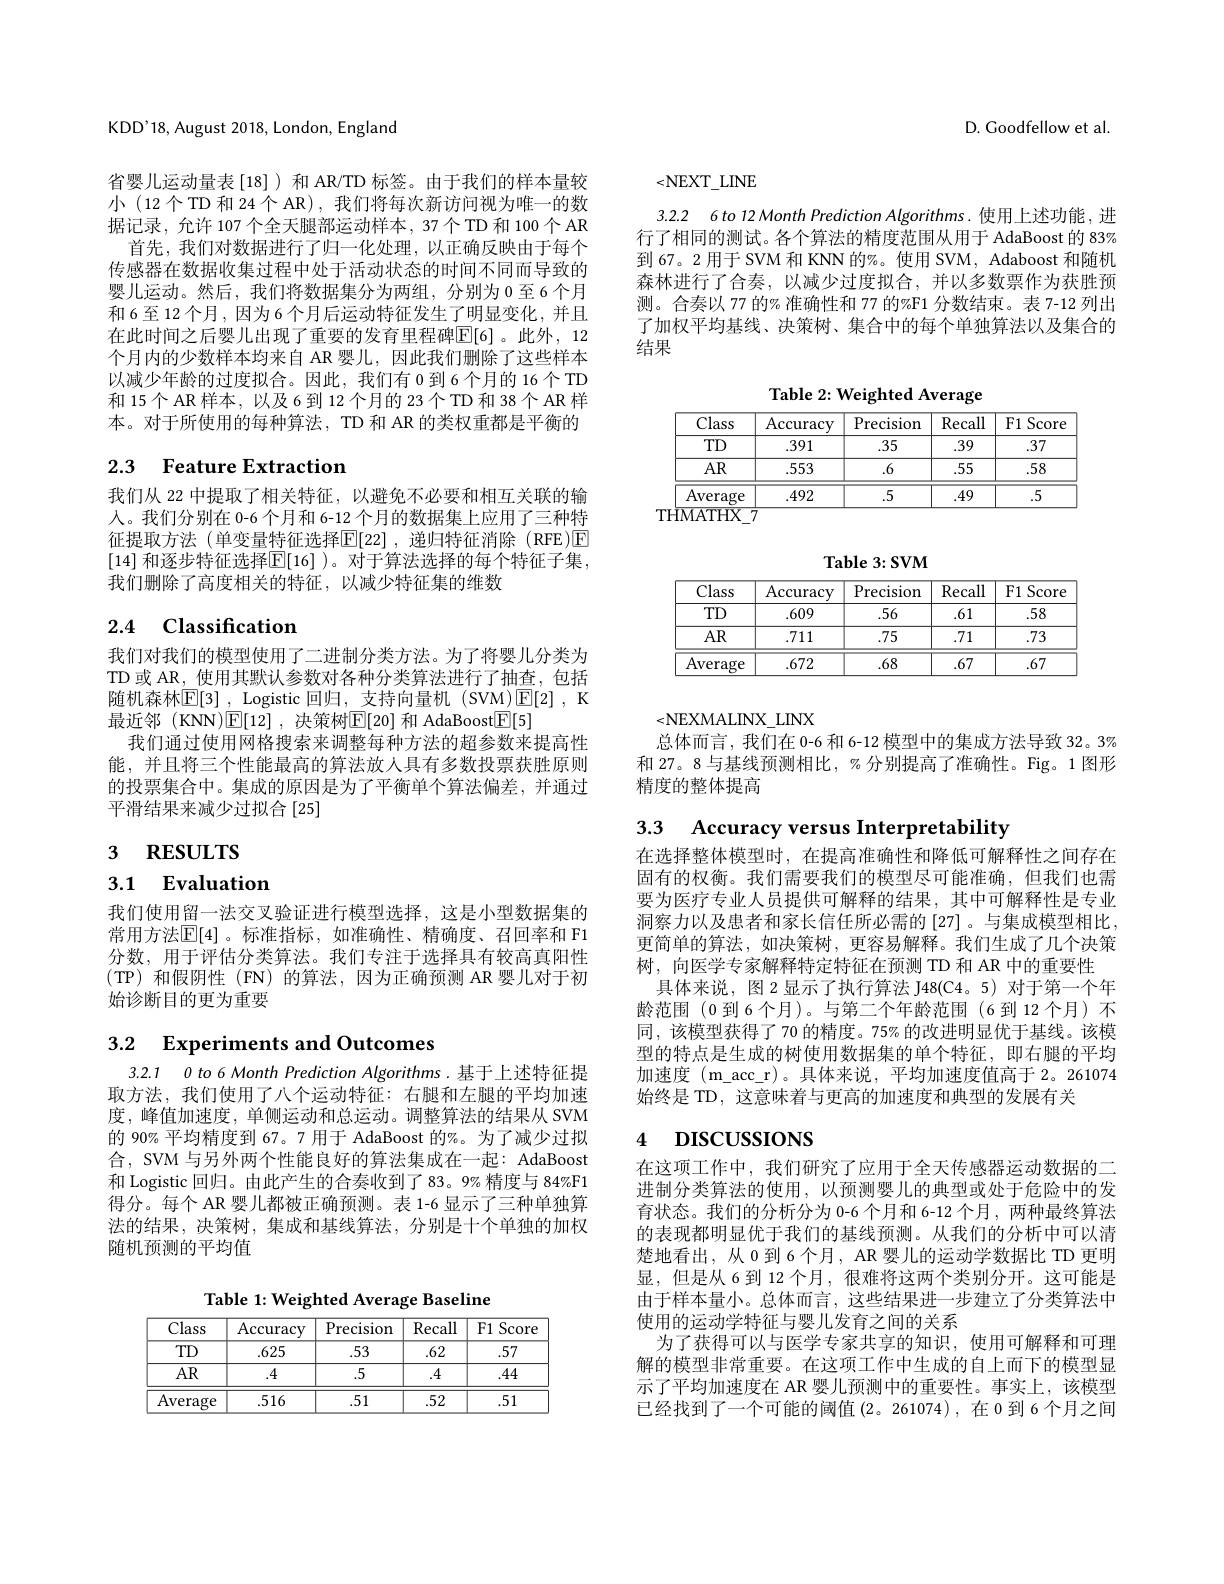
D. Goodfellow et al.

<NEXT$\_$LINE

3.2.2 6 to 12 Month Prediction Algorithms.使用上述功能，进行了相同的测试。各个算法的精度范围从用于 AdaBoost 的 83% 到 67。2 用于 SVM 和 KNN 的%。使用 SVM, Adaboost 和随机森林进行了合奏，以减少过度拟合，并以多数票作为获胜预测。合奏以 77 的% 准确性和 77 的%F1 分数结束。表 7-12 列出了加权平均基线、决策树、集合中的每个单独算法以及集合的结果

Table 2: Weighted Average
<table>
	<tbody>
		<tr>
			<th>Class</th>
			<th>$\operatorname{Accuracy}$</th>
			<th>$\operatorname{Precision}$</th>
			<th>Recall</th>
			<th>F1 Score</th>
		</tr>
		<tr>
			<td>TD</td>
			<td>.391</td>
			<td>.35</td>
			<td>.39</td>
			<td>.37</td>
		</tr>
		<tr>
			<td>$AR$</td>
			<td>.553</td>
			<td>.6</td>
			<td>.55</td>
			<td>.58</td>
		</tr>
		<tr>
			<td>Average</td>
			<td>.492</td>
			<td>.5</td>
			<td>.49</td>
			<td>.5</td>
		</tr>
	</tbody>
</table>

KDD'18, August 2018, London, England

省婴儿运动量表[18])和 AR/TD 标签。由于我们的样本量较小 (12个TD 和 24 个 AR), 我们将每次新访问视为唯一的数据记录，允许 107 个全天腿部运动样本，37 个 TD 和 100 个 AR
首先，我们对数据进行了归一化处理，以正确反映由于每个传感器在数据收集过程中处于活动状态的时间不同而导致的婴儿运动。然后，我们将数据集分为两组，分别为0至6个月和6至12个月，因为6个月后运动特征发生了明显变化，并且在此时间之后婴儿出现了重要的发育里程碑$\overline{\mathbb{E}}[6]$。此外，12个月内的少数样本均来自 AR 婴儿，因此我们删除了这些样本以减少年龄的过度拟合。因此，我们有 0 到 6 个月的 16 个 TD 和 15个 AR 样本，以及 6 到 12 个月的 23 个 TD 和 38 个 AR 样本。对于所使用的每种算法，TD 和 AR 的类权重都是平衡的

## 2.3 Feature Extraction

我们从 22 中提取了相关特征，以避免不必要和相互关联的输人。我们分别在 0-6 个月和 6-12 个月的数据集上应用了三种特征提取方法 (单变量特征选择$\overline{\mathbb{E}}[22]$ ,递归特征消除 (RFE)☑ [14] 和逐步特征选择$\mathbb{E}[16]$ )。对于算法选择的每个特征子集， 我们删除了高度相关的特征，以减少特征集的维数

# 2.4 Classification

我们对我们的模型使用了二进制分类方法。为了将婴儿分类为TD 或 AR, 使用其默认参数对各种分类算法进行了抽查，包括随机森林$\mathbb{E}[3]$ , Logistic 回归，支持向量机 (SVM)$\mathbb{E}[2]$, K 最近邻(KNN)$\mathbb{E}[12]$,决策树$\mathbb{E}[20]$ 和 AdaBoost$\mathbb{E}[5]$
我们通过使用网格搜索来调整每种方法的超参数来提高性能，并且将三个性能最高的算法放人具有多数投票获胜原则的投票集合中。集成的原因是为了平衡单个算法偏差，并通过平滑结果来减少过拟合[25]

3 RESULTS

# 3.1 Evaluation

我们使用留一法交叉验证进行模型选择，这是小型数据集的常用方法$\boxed{\mathbb{E}}[4]$ 。标准指标，如准确性、精确度、召回率和 F1分数，用于评估分类算法。我们专注于选择具有较高真阳性(TP)和假阴性(FN)的算法，因为正确预测 AR 婴儿对于初始诊断目的更为重要

3.2 $\textbf{Experiments and Outcomes}$

3.2.1 0 to 6 Month Prediction Algorithms.基于上述特征提取方法，我们使用了八个运动特征：右腿和左腿的平均加速度，峰值加速度，单侧运动和总运动。调整算法的结果从 SVM 的 90% 平均精度到 67。7 用于 AdaBoost 的%。为了减少过拟合，SVM 与另外两个性能良好的算法集成在一起：AdaBoost 和 Logistic 回归。由此产生的合奏收到了 83。9% 精度与 84%F1得分。每个 AR 婴儿都被正确预测。表 1-6 显示了三种单独算法的结果，决策树，集成和基线算法，分别是十个单独的加权随机预测的平均值

Table 1: Weighted Average Baseline

<table>
	<tbody>
		<tr>
			<th>Class</th>
			<th>$\operatorname{Accuracy}$</th>
			<th>Precision</th>
			<th>Recall</th>
			<th>F1 Score</th>
		</tr>
		<tr>
			<td>TD</td>
			<td>.625</td>
			<td>.53</td>
			<td>.62</td>
			<td>.57</td>
		</tr>
		<tr>
			<td>$AR$</td>
			<td>.4</td>
			<td>.5</td>
			<td>.4</td>
			<td>.44</td>
		</tr>
		<tr>
			<td>Average</td>
			<td>.516</td>
			<td>.51</td>
			<td>.52</td>
			<td>.51</td>
		</tr>
	</tbody>
</table>

$\mathbf{Table3:SVM}$
<table>
	<tbody>
		<tr>
			<th>Class</th>
			<th>$\operatorname{Accuracy}$</th>
			<th>Precision</th>
			<th>Recall</th>
			<th>F1 Score</th>
		</tr>
		<tr>
			<td>TD</td>
			<td>.609</td>
			<td>.56</td>
			<td>.61</td>
			<td>.58</td>
		</tr>
		<tr>
			<td>$AR$</td>
			<td>.711</td>
			<td>.75</td>
			<td>.71</td>
			<td>.73</td>
		</tr>
		<tr>
			<td>Average</td>
			<td>.672</td>
			<td>.68</td>
			<td>.67</td>
			<td>.67</td>
		</tr>
	</tbody>
</table>

<NEXMALINX\_LINX
总体而言，我们在 0-6 和 6-12 模型中的集成方法导致 32。3% 和 27。8 与基线预测相比，%分别提高了准确性。Fig。1 图形精度的整体提高

3.3 Accuracy versus Interpretability

在选择整体模型时，在提高准确性和降低可解释性之间存在固有的权衡。我们需要我们的模型尽可能准确，但我们也需要为医疗专业人员提供可解释的结果，其中可解释性是专业洞察力以及患者和家长信任所必需的[27] 。与集成模型相比， 更简单的算法，如决策树，更容易解释。我们生成了几个决策树，向医学专家解释特定特征在预测 TD 和 AR 中的重要性
具体来说，图 2显示了执行算法 J48(C4。5) 对于第一个年龄范围(0到6个月)。与第二个年龄范围(6到12个月)不同，该模型获得了70 的精度。75%的改进明显优于基线。该模型的特点是生成的树使用数据集的单个特征，即右腿的平均加速度 (m\_acc\_r)。具体来说，平均加速度值高于 2。261074始终是 TD, 这意味着与更高的加速度和典型的发展有关

## 4 DISCUSSIONS

在这项工作中，我们研究了应用于全天传感器运动数据的二进制分类算法的使用，以预测婴儿的典型或处于危险中的发育状态。我们的分析分为 0-6 个月和 6-12 个月，两种最终算法的表现都明显优于我们的基线预测。从我们的分析中可以清楚地看出，从0到6个月，AR 婴儿的运动学数据比 TD 更明显，但是从 6 到 12 个月，很难将这两个类别分开。这可能是由于样本量小。总体而言，这些结果进一步建立了分类算法中使用的运动学特征与婴儿发育之间的关系
为了获得可以与医学专家共享的知识，使用可解释和可理解的模型非常重要。在这项工作中生成的自上而下的模型显示了平均加速度在 AR 婴儿预测中的重要性。事实上，该模型已经找到了一个可能的阈值(2。261074),在 0 到 6 个月之间